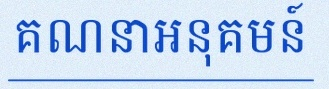
គណនាអនុគមន៍